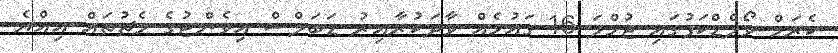
ކެރަމް ވޯލްޑްކަޕުގައި ޖުމްލަ 16 ގައުމެއް ވާދަކުރާއިރު ޑަބަލްސް އިވެންޓުގެ މެޗުތައް އިއްޔެ